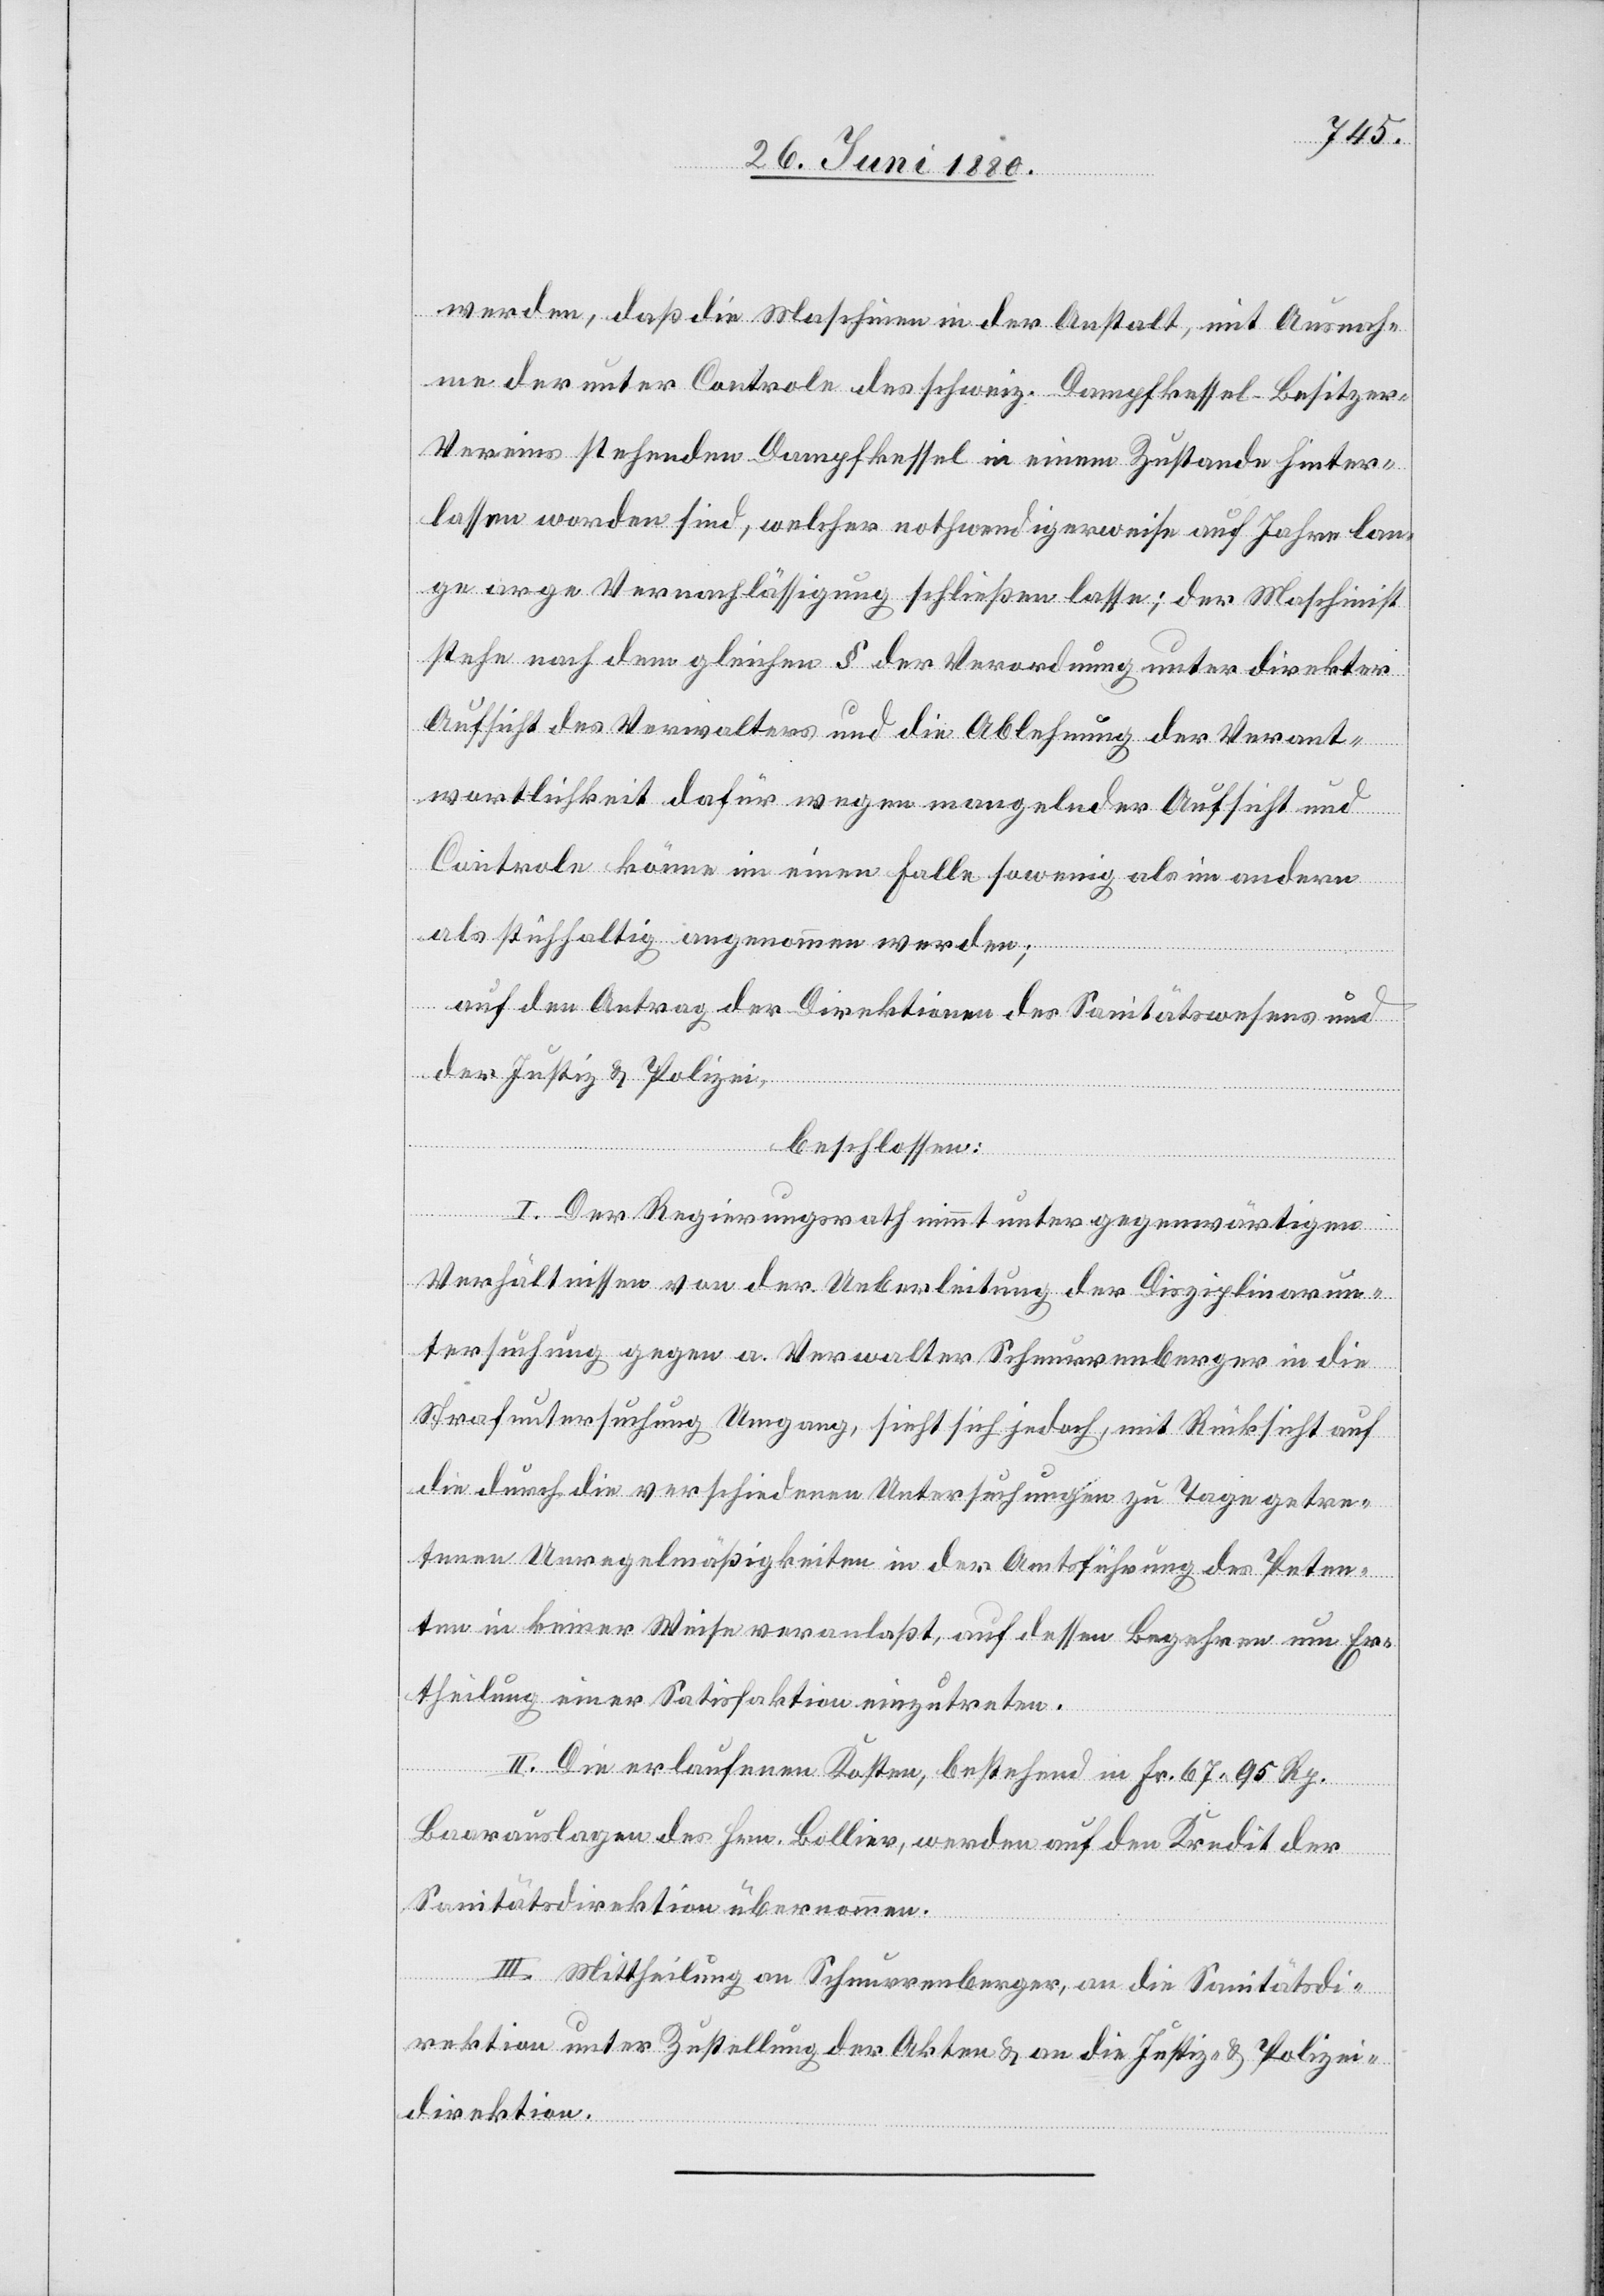
werden, daß die Maschinen in der Anstalt, mit Ausnah¬
me der unter Controle des schweiz. Dampfkessel- Besitzer-V¬
ereins stehenden Dampfkessel in einem Zustande hinter¬
lassen worden sind, welcher nothwendigerweise auf Jahre lan¬
ge arge Vernachlässigung schließen lasse; der Maschinist
stehe nach dem gleichen § der Verordnung unter direkter
Aufsicht des Verwalters und die Ablehnung der Verant¬
wortlichkeit dafür wegen mangelnder Aufsicht und
Controle könne in einem Falle so wenig als im andern
als stichhaltig angenommen werden;
auf den Antrag der Direktionen des Sanitätswesens und
der Justiz & Polizei,
beschlossen:
I. Der Regierungsrath nimmt unter gegenwärtigen
Verhältnissen von der Ueberleitung der Disziplinarun¬
tersuchung gegen a. Verwalter Schnurrenberger in die
Strafuntersuchung Umgang, sieht sich jedoch, mit Rücksicht auf
die durch die verschiedenen Untersuchungen zu Tage getre¬
tenen Unregelmäßigkeit in der Amtsführung des Peten¬
ten in keiner Weise veranlaßt, auf dessen Begehren zum Er¬
theilung einer Satisfaktion einzutreten.
II. Die erlaufenen Kosten, bestehend in Fr. 67. 95 Rp.
Baarauslagen des Hrn. Bollier, werden auf den Kredit der
Sanitätsdirektion übernommen.
III. Mittheilung an Schnurrenberger, an die Sanitätsdi¬
rektion unter Zustellung der Akten & an die Justiz- & Polizei¬
direktion.